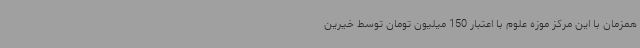
همزمان با این مرکز موزه علوم با اعتبار 150 میلیون تومان توسط خیرین